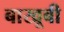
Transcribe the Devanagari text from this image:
बाखूबी